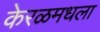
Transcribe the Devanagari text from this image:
केरळमधला